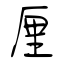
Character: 厘